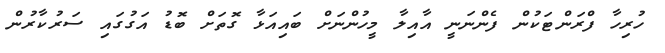
ހުރިހާ ފްރަންޓަކުން ފެންނަނީ އާއިލާ މީހުންނަށް ބައިއަޅާ ގޮތަށް ބޮޑު އަގުގައި ސަރުކާރުން